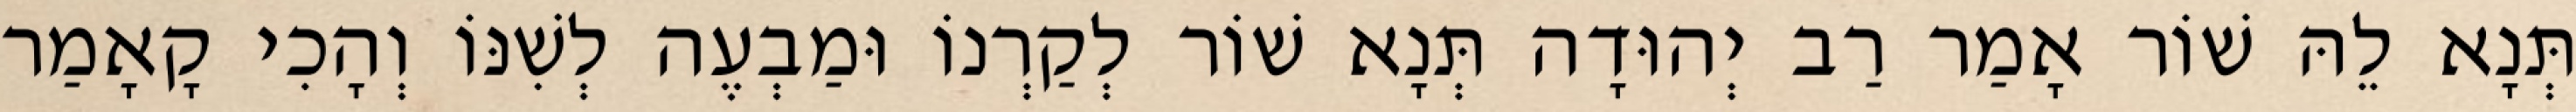
תְּנָא לֵהּ שׁוֹר אָמַר רַב יְהוּדָה תְּנָא שׁוֹר לְקַרְנוֹ וּמַבְעֶה לְשִׁנּוֹ וְהָכִי קָאָמַר